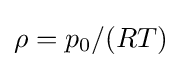
\rho =p_{0}/(RT)